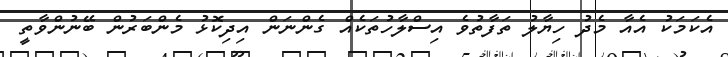
އެކަމަކު އެއާ މެދު ހިޔާލު ތަފާތުވެ އިސްލާހުތަކެއް ގެންނަން އިދިކޮޅު މެންބަރުން ބޭނުންވާތީ